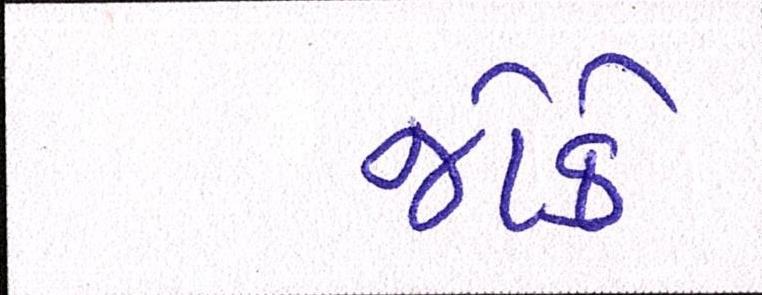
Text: જોકે